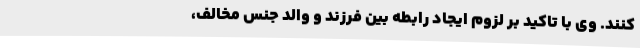
کنند. وی با تاکید بر لزوم ایجاد رابطه بین فرزند و والد جنس مخالف،